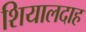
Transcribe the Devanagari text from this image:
शियालदाह